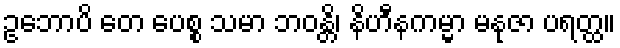
ဥဘောပိ တေ ပေစ္စ သမာ ဘဝန္တိ၊ နိဟီနကမ္မာ မနုဇာ ပရတ္ထ။